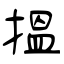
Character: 揾